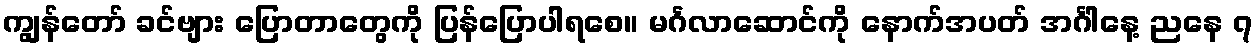
ကျွန်တော် ခင်ဗျား ပြောတာတွေကို ပြန်ပြောပါရစေ။ မင်္ဂလာဆောင်ကို နောက်အပတ် အင်္ဂါနေ့ ညနေ ၇